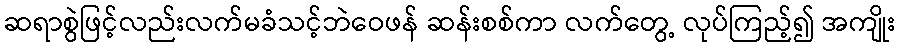
ဆရာစွဲဖြင့်လည်းလက်မခံသင့်ဘဲဝေဖန် ဆန်းစစ်ကာ လက်တွေ့ လုပ်ကြည့်၍ အကျိုး